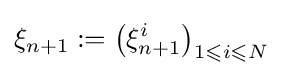
\xi _{n+1}:=\left(\xi _{n+1}^{i}\right)_{1\leqslant i\leqslant N}